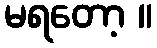
မရတော့ ။